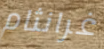
غرانثام